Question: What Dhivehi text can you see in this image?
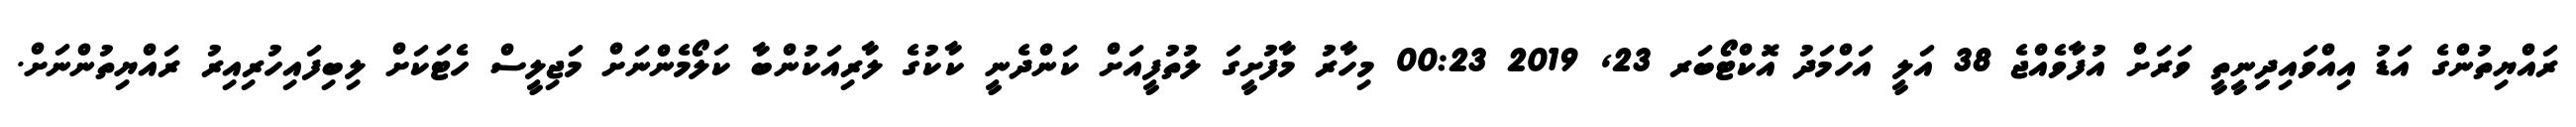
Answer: ރައްޔިތުންގެ އަޑު އިއްވައިދިިިނީތީ ވަރަށް އުފާވެއްޖެ 38 އަލީ އަހްމަދު އޮކްޓޯބަރ 23, 2019 00:23 މިހާރު މާފުށީގަ ލުތުފީއަށް ކަންދެނީ ކާކުގެ ލާރިއަކުންބާ ކަލޯމެންނަށް މަޖިލީސް ހެޓަކަށް ލިބިފައިހުރިއިރު ރައްޔިތުންނަށް.